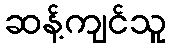
ဆန့်ကျင်သူ